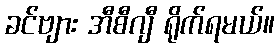
ခင်ဗျား အီစီဂျီ ရိုက်ရမယ်။